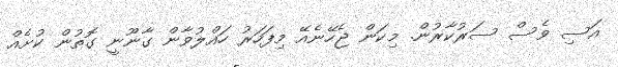
އަސި ވެސް ސަރުކާރުން. މިކަން ޖެހޭނެއޭ މިފަހަރު ހައްލުވާން ގާނޫނީ ގޮތުން ކުށެއް